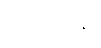
ဃဋိကာရ